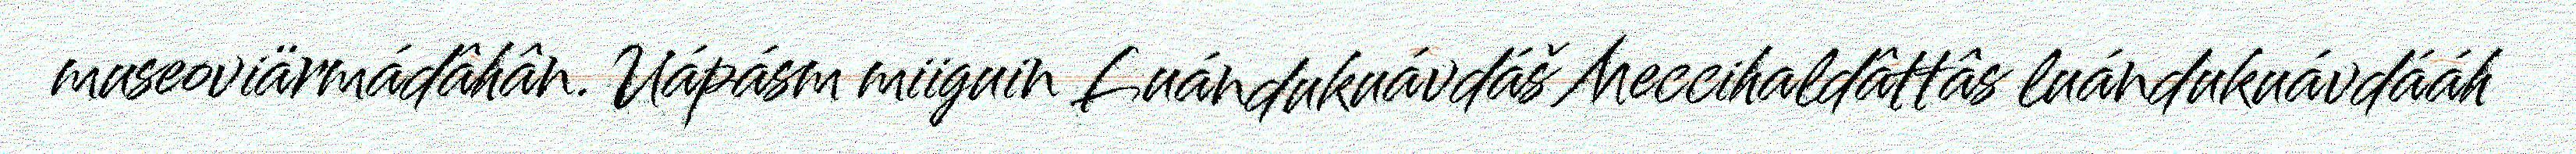
museoviärmádâhân. Uápásm miiguin Luándukuávdáš Meccihaldâttâs luándukuávdááh